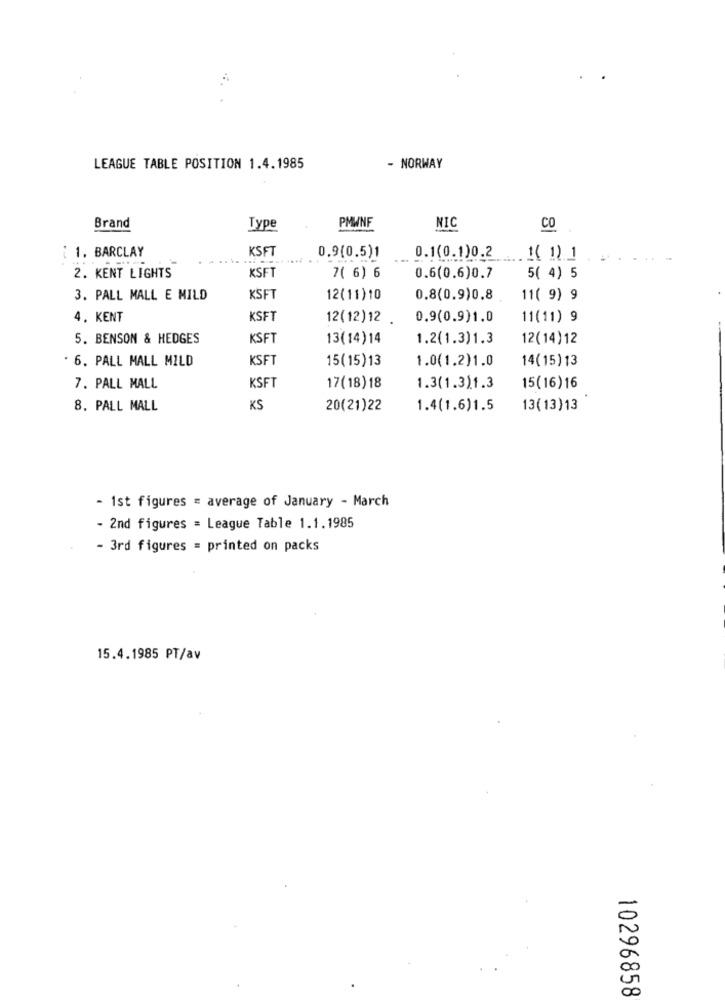
LEAGUE TABLE POSITION 1.4.1985
- NORWAY
PMWNF
Brand
Type
NIC
CO
: 1. BARCLAY
KSFT
0.9(0.5)1
0.1(0.1)0.2 1( 1) 1
KSFT
2. KENT LIGHTS
7( 6) 6
0.6(0.6)0.7
5( 4) 5
3. PALL MALL E MILD
KSFT
12(11) 10
0.8(0.9)0.8
11( 9) 9
4. KENT
KSFT
12(12) 12 .
0.9(0.9)1.0
11(11) 9
5. BENSON & HEDGES
KSFT
13(14) 14
1.2(1.3)1.3
12(14)12
* 6. PALL MALL MILD
KSFT
15(15)13
1.0(1.2)1.0
14(15) 13
7. PALL MALL
KSFT
17(18) 18
1.3(1.3)1.3
15(16)16
8. PALL MALL
KS
20(21)22
1.4(1.6)1.5
13(13)13
- 1st figures = average of January - March
- 2nd figures = League Table 1.1.1985
- 3rd figures = printed on packs
15.4.1985 PT/av
10296858